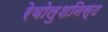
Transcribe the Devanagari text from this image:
रेवोलुशनिस्ट